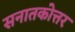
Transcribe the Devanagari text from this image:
सनातकोत्तर